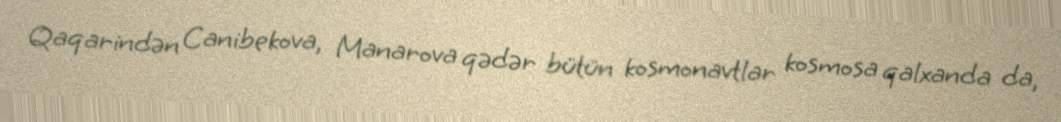
Qaqarindən Canibekova, Manarova qədər bütün kosmonavtlar kosmosa qalxanda da,